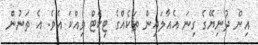
އިން ދުނިޔޭގެ ގިނަ އެއާލައިން ތަކެއްގެ ޓިކެޓް ވިއްކަ އެވެ. އެ ތަނުން